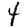
Digit: 4